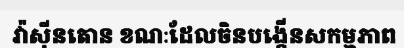
វ៉ាស៊ីនតោន ខណៈដែលចិនបង្កើនសកម្មភាព